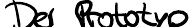
Der Prototyp